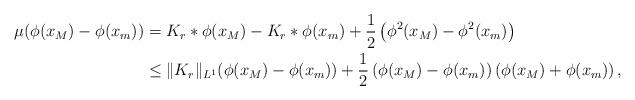
LaTeX: \begin{align*}\mu (\phi(x_M)-\phi(x_m))&=K_r*\phi(x_M)-K_r*\phi(x_m)+\frac{1}{2}\left( \phi^2(x_M)- \phi^2 (x_m) \right)\\& \leq \|K_r\|_{L^1}(\phi(x_M)-\phi(x_m)) + \frac{1}{2}\left( \phi(x_M) - \phi(x_m)\right)\left( \phi(x_M) + \phi(x_m)\right),\end{align*}